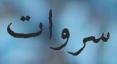
سروات